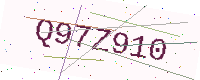
Text: Q97Z910